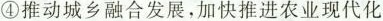
④ 推动城乡融合发展，加快推进农业现代化